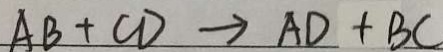
A B + C D \rightarrow A D + B C